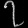
Digit: ၇